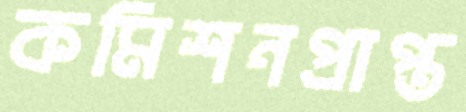
কমিশনপ্রাপ্ত